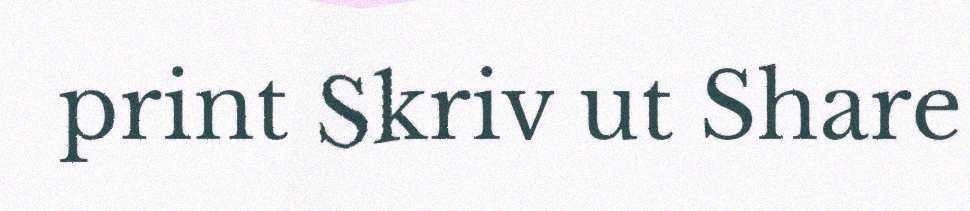
print Skriv ut Share